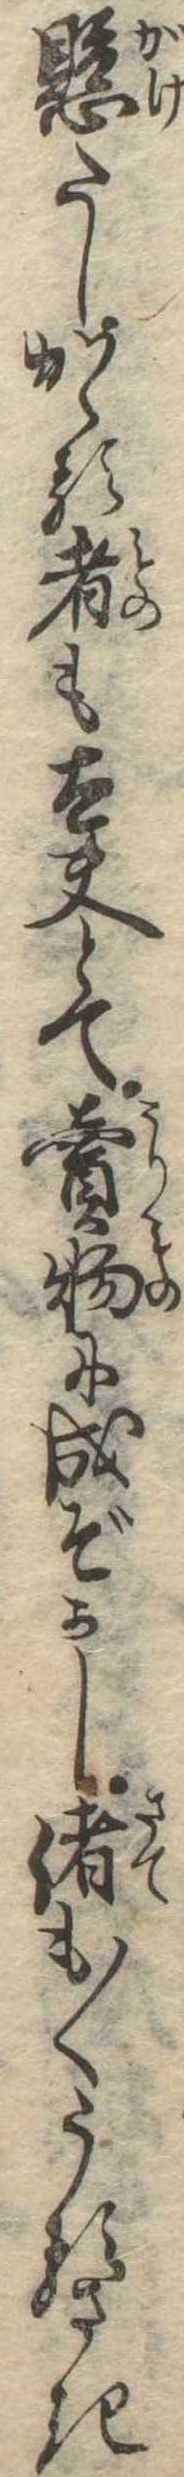
懸たしかゝる者も太夫とて売物に成ぞかし偖も〱うるさき